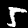
Label: 5